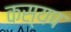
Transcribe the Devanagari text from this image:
कस्यप